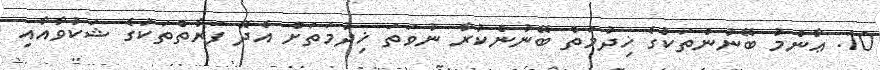
10. ޢާންމު ބޭނުންތަކުގެ ޚިދުމަތް ބޭނުންކުރާ ނުވަތަ ޚިދުމަތަށް އެދޭ ފަރާތްތަކުގެ ޝަކުވާއާއި